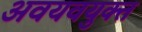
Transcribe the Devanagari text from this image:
अवयवयुक्त